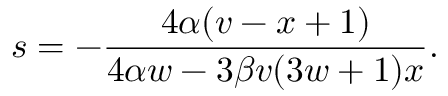
s = - \frac { 4 \alpha ( v - x + 1 ) } { 4 \alpha w - 3 \beta v ( 3 w + 1 ) x } .